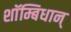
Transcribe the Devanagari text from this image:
शाॅम्बिधान्